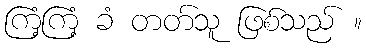
ကြံ့ကြံ့ ခံ တတ်သူ ဖြစ်သည် ။